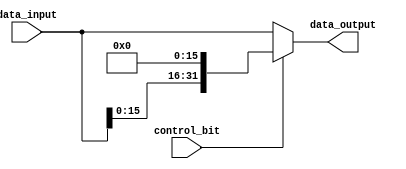
module my_16bit_leftshifter(data_input, control_bit, data_output);

	input [31:0] data_input;
	input control_bit;
	
	wire [31:0] shifted;
	
	output [31:0] data_output;
	
	
	genvar k;
	generate
	for(k = 31; k > 15; k = k-1) begin: my16ShiftLoop
		assign shifted[k] = data_input[k-16];
    end
	endgenerate
    
    genvar j;
	generate
	for(j = 15; j >= 0; j = j-1) begin: my16ShiftLoop2
		assign shifted[j] = 1'b0;
    end
	endgenerate
	
	assign data_output = control_bit ? shifted : data_input;
	
	
	
endmodule